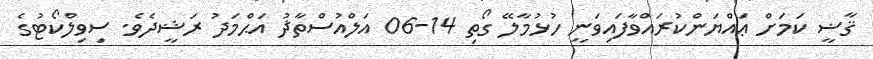
ޤާޟީ ކަމަށް ޢައްޔަންކުރައްވާފައިވަނީ ހުޅުމާލޭ ގޯތި 14-06 އަލްއުސްތާޛު އަޙްމަދު ރަޝީދެވެ. ސިވިލްކޯޓުގެ